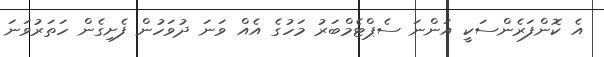
އެ ކޮންފަރެންސަކީ އަންނަ ސެޕްޓެމްބަރު މަހުގެ އެއް ވަނަ ދުވަހުން ފެށިގެން ހަތަރުވަނަ